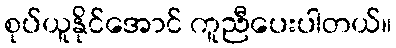
စုပ်ယူနိုင်အောင် ကူညီပေးပါတယ်။